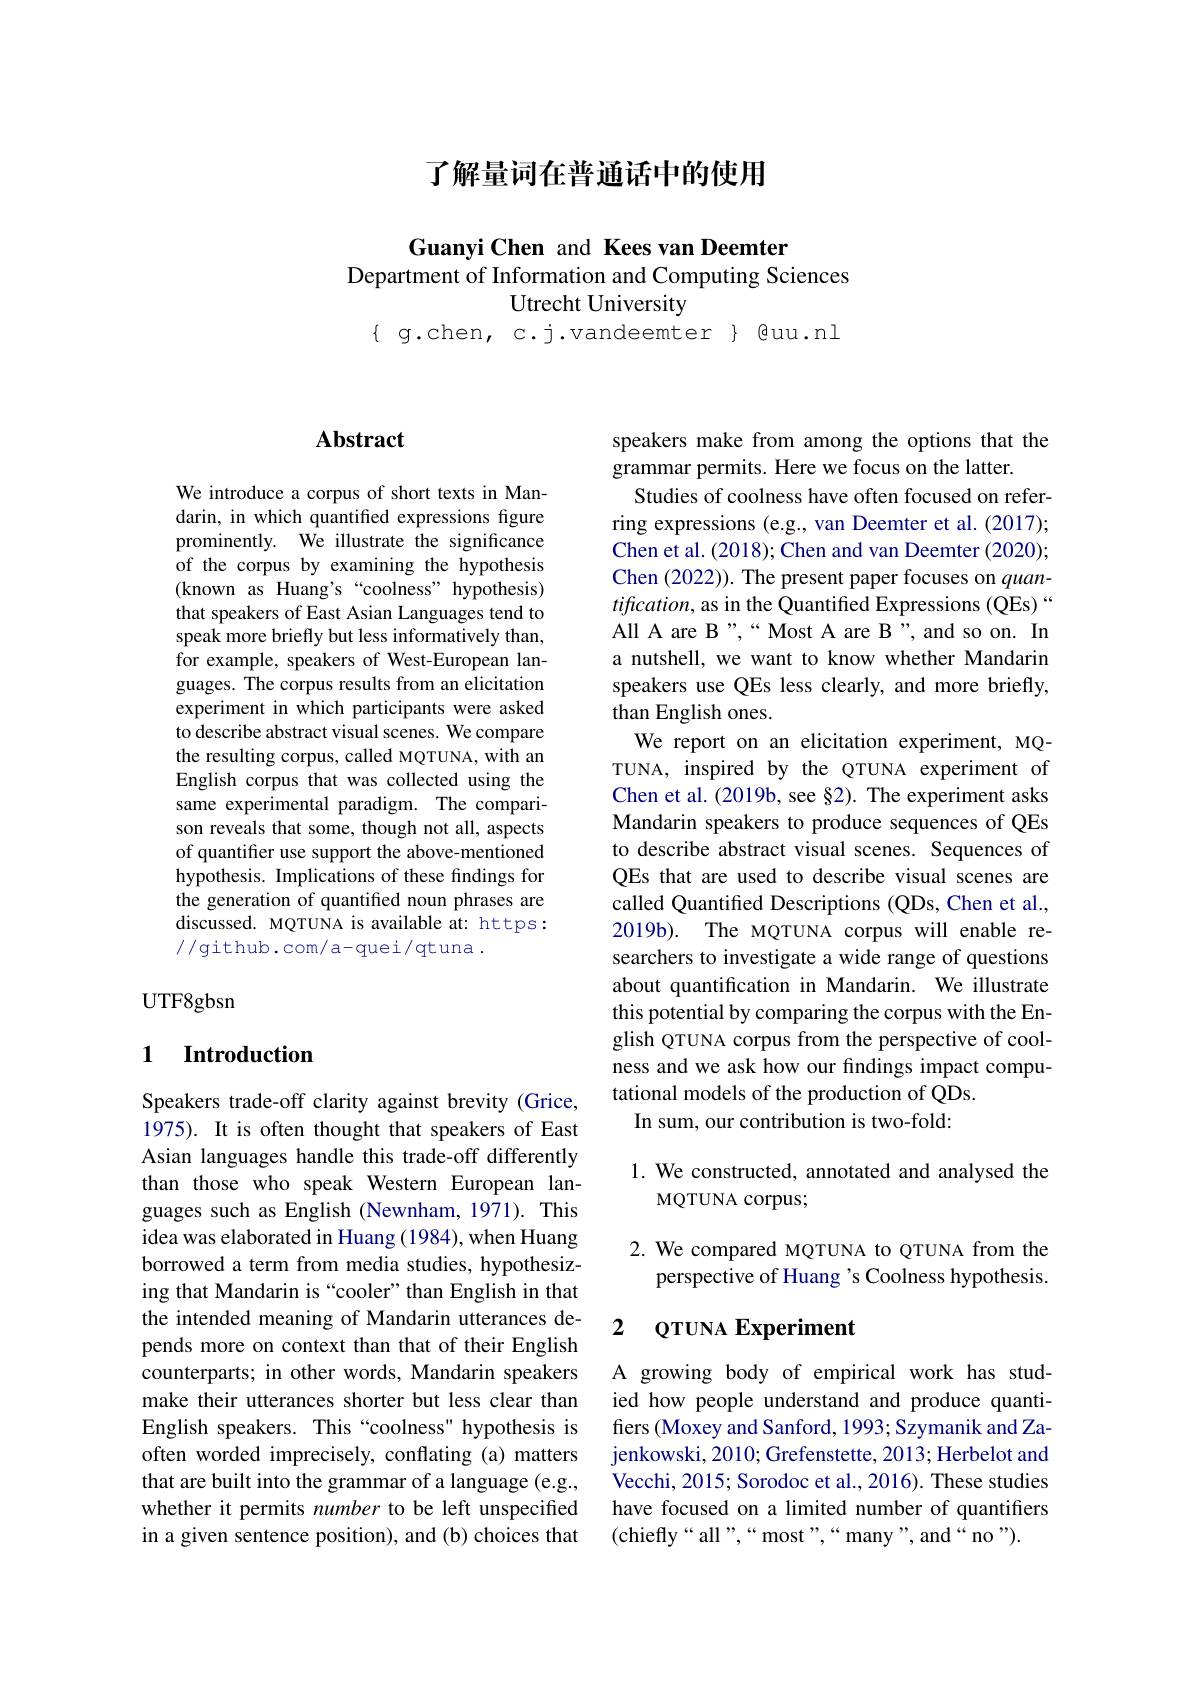
## 了解量词在普通话中的使用

Guanyi Chen and Kees van Deemter
Department of Information and Computing Sciences
## Utrecht University
$\{$ g.chen, c.j.vandeemter $\}$ Quu.nl

## $\mathbf{Abstract}$

We introduce a corpus of short texts in Mandarin, in which quantified expressions figure prominently. We illustrate the significance of the corpus by examining the hypothesis (known as Huang's “coolness" hypothesis) that speakers of East Asian Languages tend to speak more briefly but less informatively than, for example, speakers of West-European languages. The corpus results from an elicitation experiment in which participants were asked to describe abstract visual scenes. We compare the resulting corpus, called MQTUNA, with an English corpus that was collected using the same experimental paradigm. The comparison reveals that some, though not all, aspects of quantifier use support the above-mentioned hypothesis. Implications of these findings for the generation of quantified noun phrases are discussed. MQTUNA is available at: https: //github.com/a-quei/qtuna.

UTF8gbsn

### 1 $\textbf{Introduction}$

Speakers trade-off clarity against brevity (Grice, 1975). It is often thought that speakers of East Asian languages handle this trade-off differently than those who speak Western European languages such as English (Newnham, 1971). This idea was elaborated in Huang (1984), when Huang borrowed a term from media studies, hypothesizing that Mandarin is “cooler”than English in that the intended meaning of Mandarin utterances depends more on context than that of their English counterparts; in other words, Mandarin speakers make their utterances shorter but less clear than English speakers. This “coolness" hypothesis is often worded imprecisely, conflating (a) matters that are built into the grammar of a language (e.g., whether it permits number to be left unspecified in a given sentence position), and (b) choices that

speakers make from among the options that the
grammar permits. Here we focus on the latter.
Studies of coolness have often focused on referring expressions (e.g., van Deemter et al. (2017); Chen et al. (2018); Chen and van Deemter (2020); Chen (2022)). The present paper focuses on quan- $tification$, as in the Quantified Expressions (QEs)“ All A are B",“Most A are B”, and so on. In a nutshell, we want to know whether Mandarin speakers use QEs less clearly, and more briefly, than English ones.
We report on an elicitation experiment, MQTUNA, inspired by the QTUNA experiment of Chen et al. (2019b, see §2). The experiment asks Mandarin speakers to produce sequences of QEs to describe abstract visual scenes. Sequences of QEs that are used to describe visual scenes are called Quantifed Descriptions (QDs, Chen et al., 2019b). The MQTUNA corpus will enable researchers to investigate a wide range of questions about quantification in Mandarin. We illustrate this potential by comparing the corpus with the English QTUNA corpus from the perspective of coolness and we ask how our findings impact computational models of the production of QDs.
In sum, our contribution is two-fold:

### 1. We constructed, annotated and analysed the MQTUNA corpus;

2. We compared MQTUNA to QTUNA from the
perspective of Huang 's Coolness hypothesis.

## 2 QTUNA Experiment

A growing body of empirical work has studied how people understand and produce quantifers (Moxey and Sanford, 1993; Szymanik and Zajenkowski, 2010; Grefenstette, 2013; Herbelot and Vecchi, 2015; Sorodoc et al., 2016). These studies have focused on a limited number of quantifiers (chiefly“all”,““most”,““many”,and“no”).